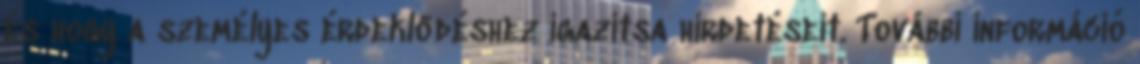
és hogy a személyes érdeklődéshez igazítsa hirdetéseit. További információ